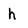
Character: h